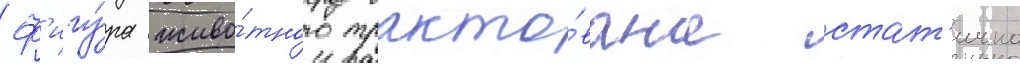
Ф'игу́ра живо́тного тракто́вана стат'ично